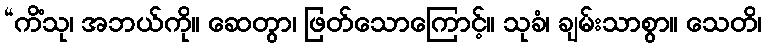
“ကိံသု၊ အဘယ်ကို။ ဆေတွာ၊ ဖြတ်သောကြောင့်။ သုခံ၊ ချမ်းသာစွာ။ သေတိ၊